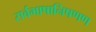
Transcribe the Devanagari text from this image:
सर्वभाषानिषणण